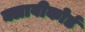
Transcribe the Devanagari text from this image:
क्लावीकोर्ड